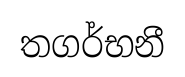
තගර්භනී